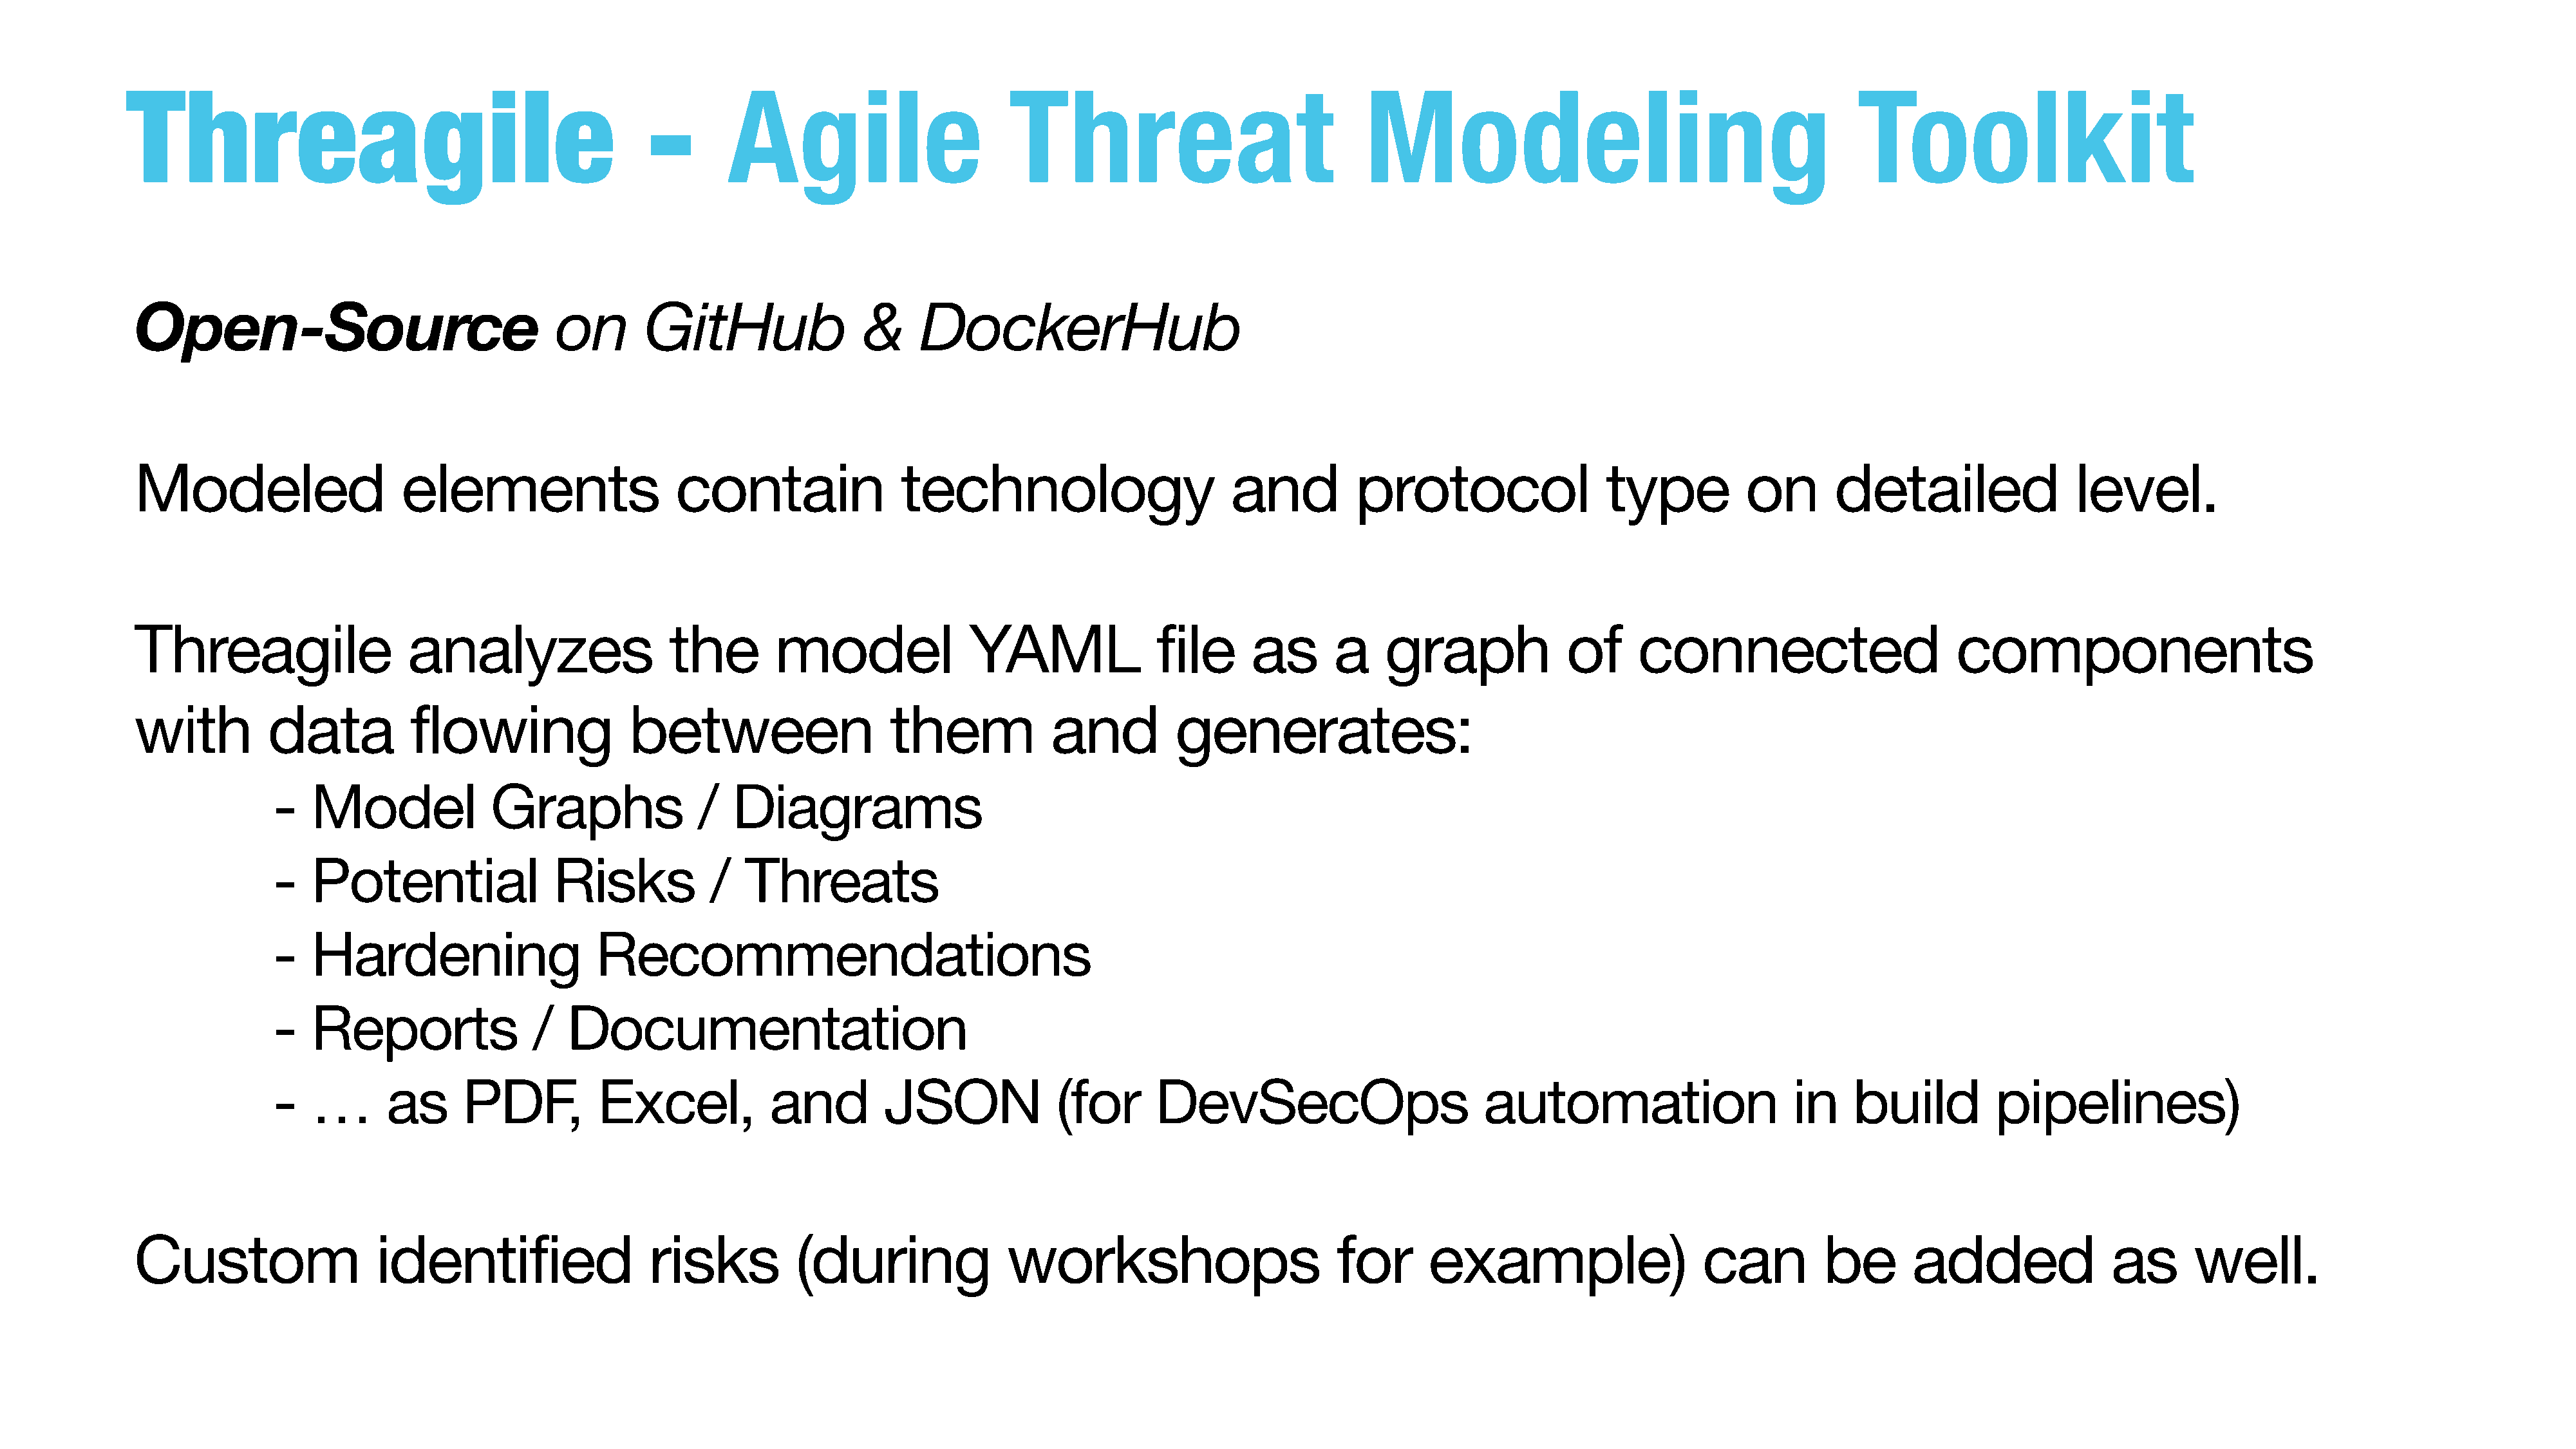
Threagile                                             -       Agile                        Threat                              Modeling                                           Toolkit
 Open-Source                                on       GitHub                 &     DockerHub
 Modeled                    elements                    contain                 technology                        and         protocol                  type          on        detailed                level.
 Threagile                   analyzes                   the        model               YAML               file      as      a    graph              of     connected                        components
 with          data          flowing                between                   them             and          generates:
 -   Model             Graphs                /  Diagrams
 -   Potential                Risks           /   Threats
 -   Hardening                    Recommendations
 -   Reports                /  Documentation
 -   …       as      PDF,         Excel,            and         JSON              (for      DevSecOps                         automation                     in    build          pipelines)
 Custom                   identified                  risks          (during               workshops                        for       example)                    can         be        added               as       well.